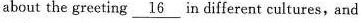
about the greeting \underline{16} different cultures, and